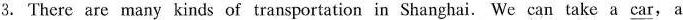
3. There are many kinds of transportation in Shanghai. We can take a \underline{car} , a